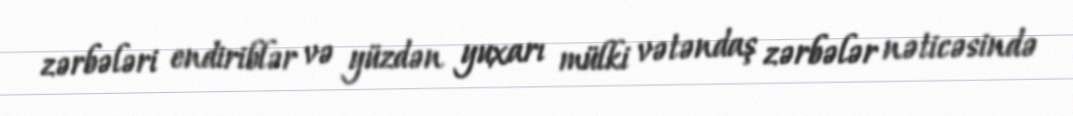
zərbələri endiriblər və yüzdən yuxarı mülki vətəndaş zərbələr nəticəsində